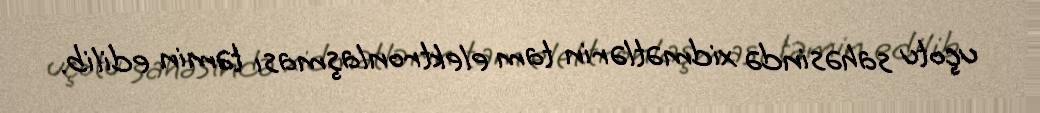
uçotu sahəsində xidmətlərin tam elektronlaşması təmin edilib.